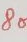
Text: 8o